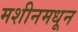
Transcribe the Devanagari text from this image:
मशीनमधून